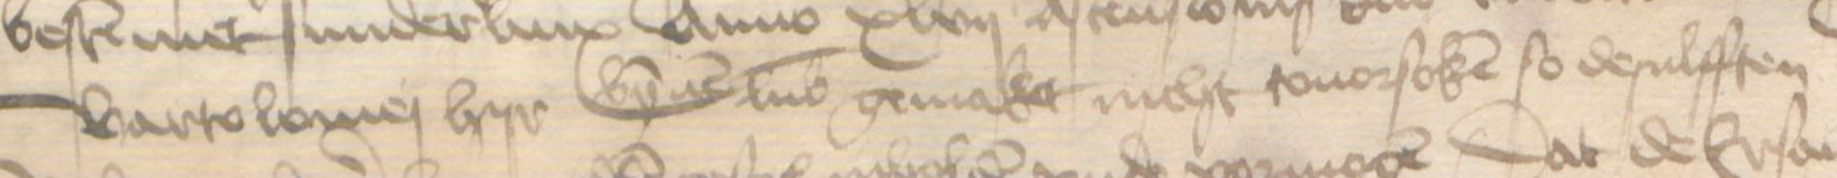
Bartolomej hyr bynnen Lubek gemaket nicht touorsoken so desulfften